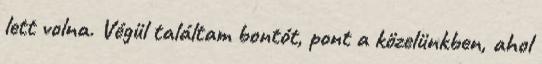
lett volna. Végül találtam bontót, pont a közelünkben, ahol